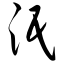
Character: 泯